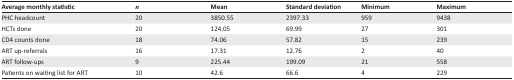
<table><thead><tr><td><b>Average monthly statistic</b></td><td><b><i>n</i></b></td><td><b>Mean</b></td><td><b>Standard deviation</b></td><td><b>Minimum</b></td><td><b>Maximum</b></td></tr></thead><tbody><tr><td>PHC headcount</td><td>20</td><td>3850.55</td><td>2397.33</td><td>959</td><td>9438</td></tr><tr><td>HCTs done</td><td>20</td><td>124.05</td><td>69.99</td><td>27</td><td>301</td></tr><tr><td>CD4 counts done</td><td>18</td><td>74.06</td><td>57.82</td><td>15</td><td>239</td></tr><tr><td>ART up-referrals</td><td>16</td><td>17.31</td><td>12.76</td><td>2</td><td>40</td></tr><tr><td>ART follow-ups</td><td>9</td><td>225.44</td><td>199.09</td><td>21</td><td>558</td></tr><tr><td>Patients on waiting list for ART</td><td>10</td><td>42.6</td><td>66.6</td><td>4</td><td>229</td></tr></tbody></table>